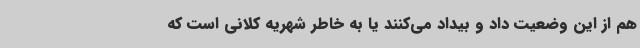
هم از این وضعیت داد و بیداد می‌کنند یا به خاطر شهریه کلانی است که